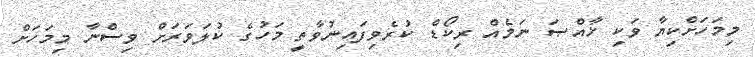
މިމަހަށްކިޔާ ވަކި ޚާއްޞަ ނަމެއް ރިކޯޑް ކުރެވިފައިނުވާތީ މަހުގެ ކުލަަވަރަށް ވިސްނާ މިމަހަށް